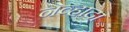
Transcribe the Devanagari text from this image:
नेव्हादा